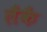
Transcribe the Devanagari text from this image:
लैकै